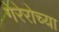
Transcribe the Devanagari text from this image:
गेरेरोच्या